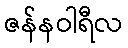
ဇန်နဝါရီလ